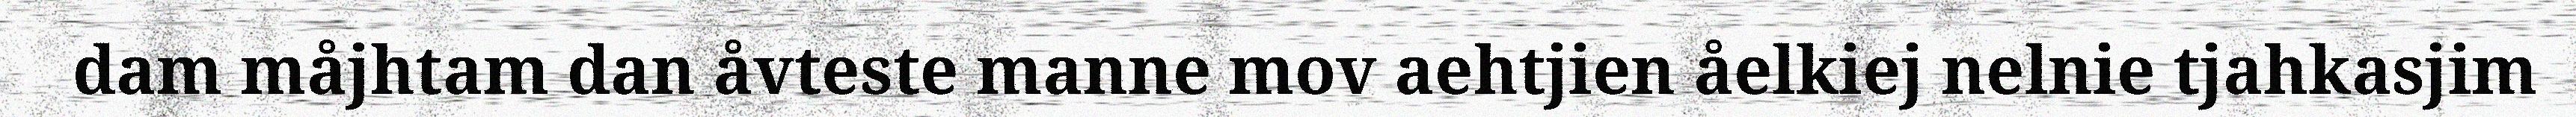
dam måjhtam dan åvteste manne mov aehtjien åelkiej nelnie tjahkasjim